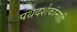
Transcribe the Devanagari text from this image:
पथदर्शकांनाही